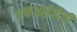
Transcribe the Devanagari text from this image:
एफआईपीबी